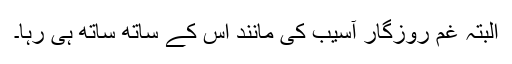
البتہ غم روزگار آسیب کی مانند اس کے ساتھ ساتھ ہی رہا۔